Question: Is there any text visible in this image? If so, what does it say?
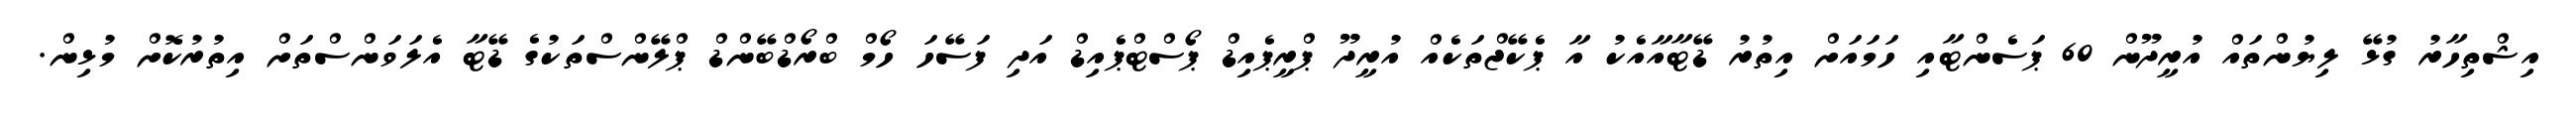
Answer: އިޝްތިހާރު ގުޅޭ ލިޔުންތައް އުރީދޫން 60 ޕަސެންޓާއި ހަމައަށް އިތުރު ޑޭޓާއާއެކު އާ ޕެކޭޖްތަކެއް އުރީދޫ ޕްރީޕެއިޑް ޕޯސްޓްޕެއިޑް އަދި ފަސޭހަ ހޯމް ބްރޯޑްބޭންޑް ޕްލޭންސްތަކުގެ ޑޭޓާ އެލަވަންސްތަށް އިތުރުކޮށް މުޅިން.